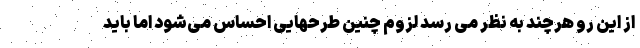
از این رو هرچند به نظر می رسد لزوم چنین طرحهایی احساس می‌شود اما باید